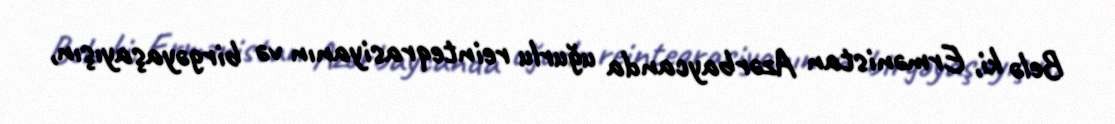
Belə ki, Ermənistan Azərbaycanda uğurlu reinteqrasiyanın və birgəyaşayışın,